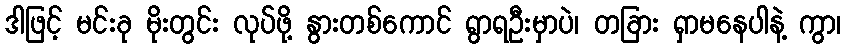
ဒါဖြင့် မင်းခု မိုးတွင်း လုပ်ဖို့ နွားတစ်ကောင် ရွာရဦးမှာပဲ၊ တခြား ရှာမနေပါနဲ့ ကွာ၊